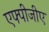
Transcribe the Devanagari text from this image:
एफ्पीजीए